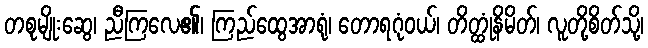
တစုမျိုးဆွေ၊ ညီကြလေ၏၊ ကြည်ထွေအာရုံ၊ တောရဂုံဝယ်၊ တိတ္ထုံနိမိတ်၊ လူတို့စိတ်သို့၊